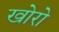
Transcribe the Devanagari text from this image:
खोरो